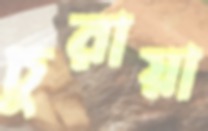
চুরায়া